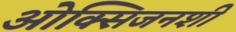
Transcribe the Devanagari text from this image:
ओक्सिजनशी